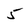
Character: 5